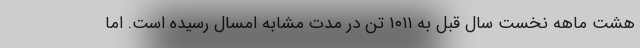
هشت ماهه نخست سال قبل به ۱۰۱۱ تن در مدت مشابه امسال رسیده است. اما